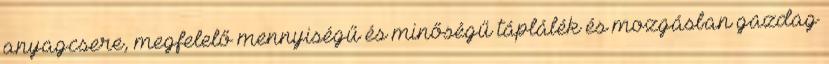
anyagcsere, megfelelő mennyiségű és minőségű táplálék és mozgásban gazdag